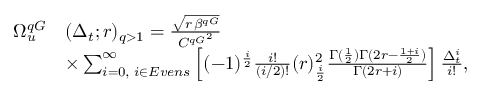
\begin{array} { r l } { \Omega _ { u } ^ { q G } } & { ( \Delta _ { t } ; r ) _ { q > 1 } = \frac { \sqrt { r \, \beta ^ { q G } } } { { C ^ { q G } } ^ { 2 } } } \\ & { \times \sum _ { i = 0 , \, \, i \in E v e n s } ^ { \infty } \left[ ( - 1 ) ^ { \frac { i } { 2 } } \frac { i ! } { ( i / 2 ) ! } ( r ) _ { \frac { i } { 2 } } ^ { 2 } \frac { \Gamma ( { \frac { 1 } { 2 } ) \Gamma ( { 2 r - \frac { 1 + i } { 2 } } ) } } { \Gamma ( { 2 r + i } ) } \right] \frac { \Delta _ { t } ^ { i } } { i ! } , } \end{array}